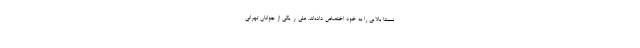
نسبتا بالایی را به خود اختصاص داده‌اند. علی .ر یکی از جوانان تهرانی